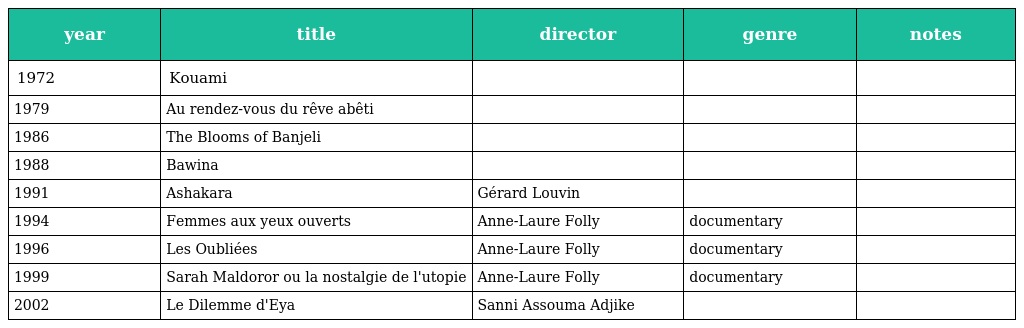
| year | title | director | genre | notes |
 | --- | --- | --- | --- | --- |
 | 1972 | Kouami |  |  |  |
 | 1979 | Au rendez-vous du rêve abêti |  |  |  |
 | 1986 | The Blooms of Banjeli |  |  |  |
 | 1988 | Bawina |  |  |  |
 | 1991 | Ashakara | Gérard Louvin |  |  |
 | 1994 | Femmes aux yeux ouverts | Anne-Laure Folly | documentary |  |
 | 1996 | Les Oubliées | Anne-Laure Folly | documentary |  |
 | 1999 | Sarah Maldoror ou la nostalgie de l'utopie | Anne-Laure Folly | documentary |  |
 | 2002 | Le Dilemme d'Eya | Sanni Assouma Adjike |  |  |